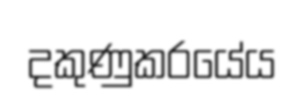
දකුණුකරයේය